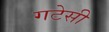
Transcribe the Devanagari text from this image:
गटेसी